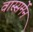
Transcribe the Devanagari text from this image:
वास्सर्मेंन